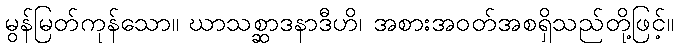
မွန်မြတ်ကုန်သော။ ဃာသစ္ဆာဒနာဒီဟိ၊ အစားအဝတ်အစရှိသည်တို့ဖြင့်။